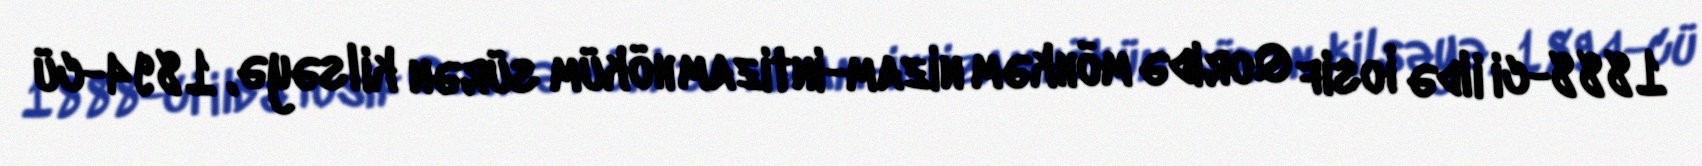
1888-ci ildə İosif Qoridə möhkəm nizam-intizam höküm sürən kilsəyə, 1894-cü